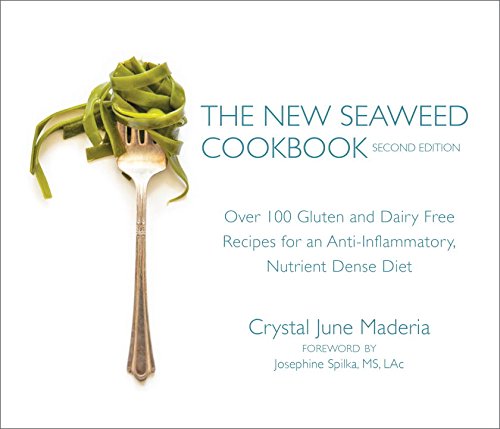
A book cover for The New Seaweed Cookbook, Second Edition: Over 100 Gluten and Dairy Free Recipes for an Anti-Inflammatory, Nutrient Dense Diet; Crystal June Maderia; Health, Fitness & Dieting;